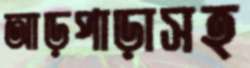
আড়পাড়াসহ